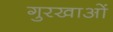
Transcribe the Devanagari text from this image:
गुरखाओं